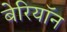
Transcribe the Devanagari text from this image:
बेरियॉन